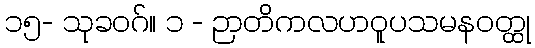
၁၅- သုခဝဂ်။ ၁ - ဉာတိကလဟဝူပသမနဝတ္ထု